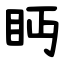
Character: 眄